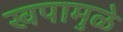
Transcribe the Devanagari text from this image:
खपामुळे